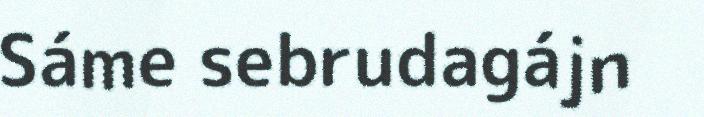
Sáme sebrudagájn